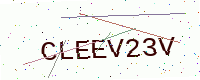
Text: CLEEV23V